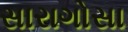
સારાગોસા